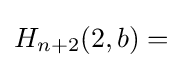
H_{n+2}(2,b)={}